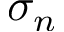
\sigma _ { n }